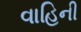
વાહિની